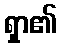
ရှာ၏